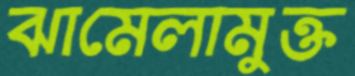
ঝামেলামুক্ত